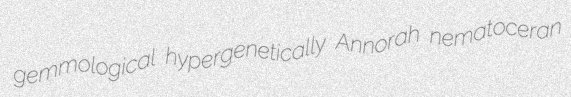
gemmological hypergenetically Annorah nematoceran